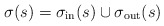
\begin{align*}\sigma(s)=\sigma_{\mathrm{in}}(s)\cup \sigma_{\mathrm{out}}(s) \end{align*}